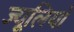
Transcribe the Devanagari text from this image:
ज्यूलियो